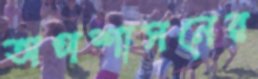
অপশাসনের